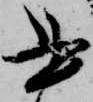
書